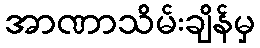
အာဏာသိမ်းချိန်မှ